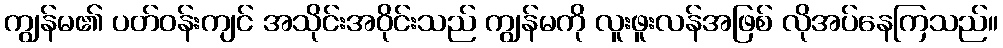
ကျွန်မ၏ ပတ်ဝန်းကျင် အသိုင်းအဝိုင်းသည် ကျွန်မကို လူးဖူးလန်အဖြစ် လိုအပ်နေကြသည်။